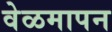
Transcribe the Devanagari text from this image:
वेळमापन